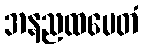
အနညထမေတံ